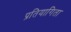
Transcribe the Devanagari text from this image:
प्रतियागिता